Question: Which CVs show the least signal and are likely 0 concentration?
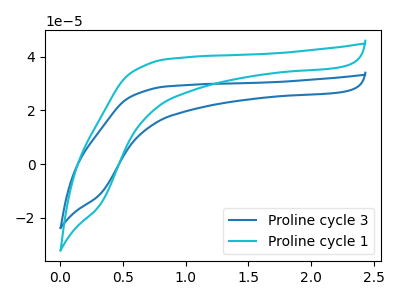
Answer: <think>The blue curve "Proline cycle 3" has no peaks. The cyan curve "Proline cycle 1" has no peaks.</think>
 <answer>"Proline cycle 3" and "Proline cycle 1" are likely to be blanks.</answer>
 <eval>"Proline cycle 3", "Proline cycle 1"</eval>